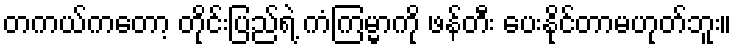
တကယ်ကတော့ တိုင်းပြည်ရဲ့ ကံကြမ္မာကို ဖန်တီး ပေးနိုင်တာမဟုတ်ဘူး။